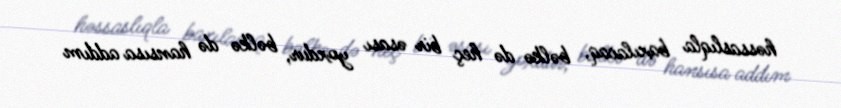
həssaslıqla baxılacaq, bəlkə də heç bir əsası yoxdur, bəlkə də hansısa addım